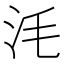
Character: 𣲭